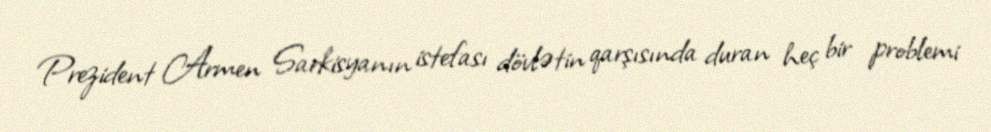
Prezident Armen Sarkisyanın istefası dövlətin qarşısında duran heç bir problemi